Anatomy and histology of ticks - Number 23
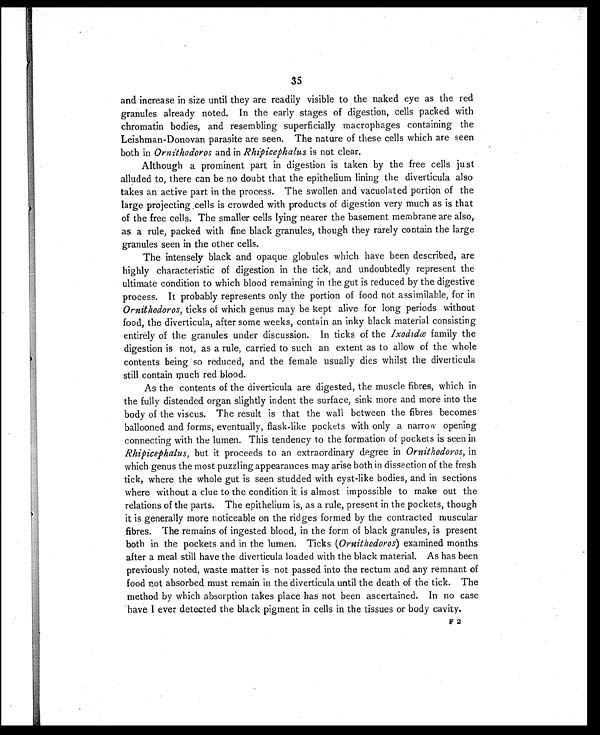
35
and increase in size until they are readily visible to the naked eye as the red
granules already noted. In the early stages of digestion, cells packed with
chromatin bodies, and resembling superficially macrophages containing the
Leishman-Donovan parasite are seen. The nature of these cells which are seen
both in Ornithodoros and in Rhipicephalus is not clear.
Although a prominent part in digestion is taken by the free cells just
alluded to, there can be no doubt that the epithelium lining the diverticula also
takes an active part in the process. The swollen and vacuolated portion of the
large projecting cells is crowded with products of digestion very much as is that
of the free cells. The smaller cells lying nearer the basement membrane are also,
as a rule, packed with fine black granules, though they rarely contain the large
granules seen in the other cells.
The intensely black and opaque globules which have been described, are
highly characteristic of digestion in the tick, and undoubtedly represent the
ultimate condition to which blood remaining in the gut is reduced by the digestive
process. It probably represents only the portion of food not assimilable, for in
Ornithodoros, ticks of which genus may be kept alive for long periods without
food, the diverticula, after some weeks, contain an inky black material consisting
entirely of the granules under discussion. In ticks of the Ixodidæ family the
digestion is not, as a rule, carried to such an extent as to allow of the whole
contents being so reduced, and the female usually dies whilst the diverticula
still contain much red blood.
As the contents of the diverticula are digested, the muscle fibres, which in
the fully distended organ slightly indent the surface, sink more and more into the
body of the viscus. The result is that the wall between the fibres becomes
ballooned and forms, eventually, flask-like pockets with only a narrow opening
connecting with the lumen. This tendency to the formation of pockets is seen in
Rhipicephalus, but it proceeds to an extraordinary degree in Ornithodoros, in
which genus the most puzzling appearances may arise both in dissection of the fresh
tick, where the whole gut is seen studded with cyst-like bodies, and in sections
where without a clue to the condition it is almost impossible to make out the
relations of the parts. The epithelium is, as a rule, present in the pockets, though
it is generally more noticeable on the ridges formed by the contracted muscular
fibres. The remains of ingested blood, in the form of black granules, is present
both in the pockets and in the lumen. Ticks ( Ornithodoros) examined months
after a meal still have the diverticula loaded with the black material. As has been
previously noted, waste matter is not passed into the rectum and any remnant of
food not absorbed must remain in the diverticula until the death of the tick. The
method by which absorption takes place has not been ascertained. In no case
have I ever detected the black pigment in cells in the tissues or body cavity.
F 2